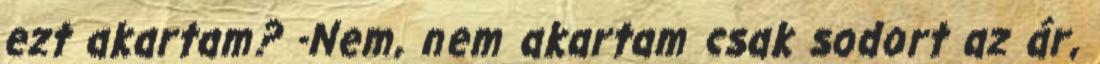
ezt akartam? -Nem, nem akartam csak sodort az ár,